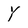
Character: Y